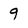
Character: 9